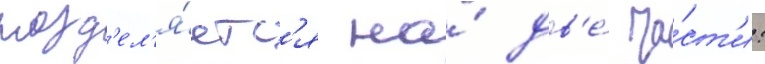
разд'ел'я́етс'я на́ дв'е́ ча́ст'и: